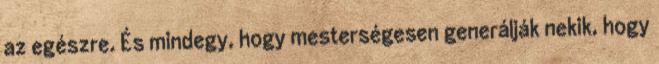
az egészre. És mindegy, hogy mesterségesen generálják nekik, hogy